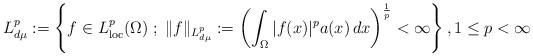
LaTeX: \begin{align*} L^p_{d\mu}:= \left\{ f\in L^p_{\rm loc}(\Omega) \;;\; \|f\|_{L^p_{d\mu}}:= \left(\int_{\Omega} |f(x)|^p a(x) \,dx\right)^{\frac{1}{p}}<\infty \right\}, 1\leq p<\infty\end{align*}